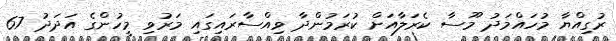
ރުގިއްޔާ މުހައްމަދު މޫސާ ކެރަލާއަށް ކުރަމުންދާ ވިއްސާރައިގައި މަރުވި މީހުންގެ އަދަދު 67